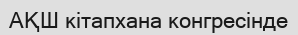
АҚШ кітапхана конгресінде